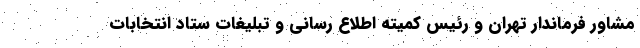
مشاور فرماندار تهران و رئیس کمیته اطلاع رسانی و تبلیغات ستاد انتخابات